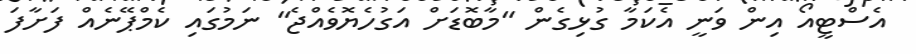
އެސްޓީއޯ އިން ވަނީ އެކަމާ ގުޅިގެން "މާބޮޑަށް އަގުހެޔޮވެއްޖެ" ނަމުގައި ކެމްޕޭނެއް ފަށާފަ